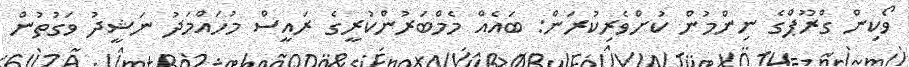
ވޯކިން ގްރޫޕްގެ ނިންމުން ކުށްވެރިކުރަން: ބައެއް މެމްބަރުންކުރީގެ ރައީސް މުހައްމަދު ނަޝީދު ވަގުތުން